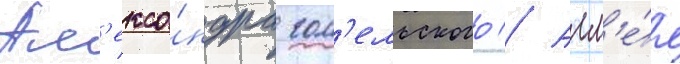
Ал'екса́ндра гом'ельского // Алл'е́я